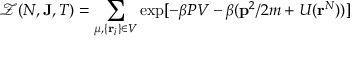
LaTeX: { \mathcal { Z } } ( N , \mathbf { J } , T ) = \sum _ { \mu , \{ \mathbf { r } _ { i } \} \in V } \exp [ - \beta P V - \beta ( \mathbf { p } ^ { 2 } / 2 m + U ( \mathbf { r } ^ { N } ) ) ]